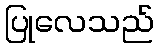
ပြုလေသည်